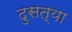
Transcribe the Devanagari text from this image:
दुसत्‍या